Lunatic asylums Bombay report 1891-1903 - 1891-1903
Year: 1891
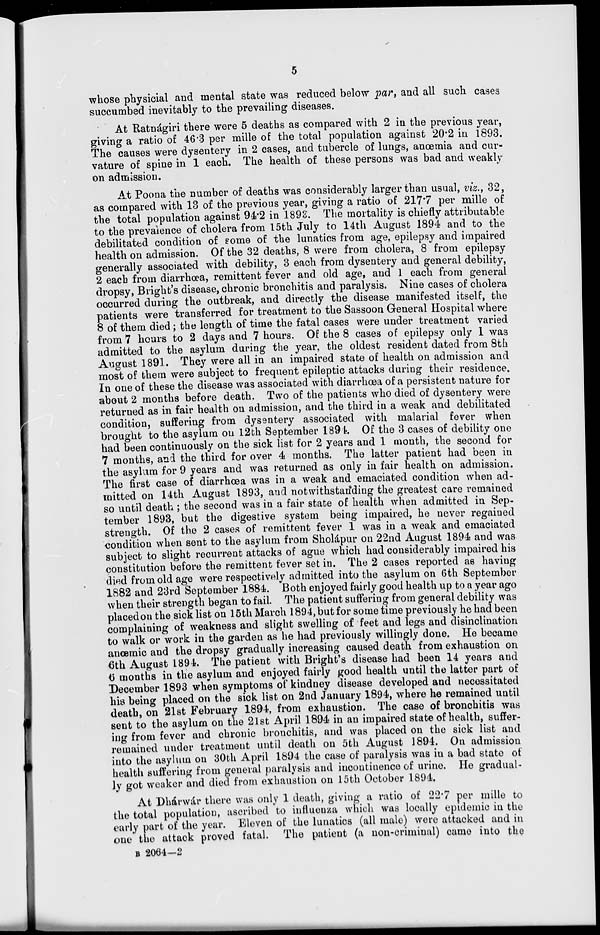
5
whose physicial and mental state was reduced below par, and all such cases
succumbed inevitably to the prevailing diseases.
At Ratnágiri there were 5 deaths as compared with 2 in the previous year,
giving a ratio of 46.3 per mille of the total population against 20.2 in 1893.
The causes were dysentery in 2 cases, and tubercle of lungs, anœmia and cur-
vature of spine in 1 each. The health of these persons was bad and weakly
on admission.
At Poona the number of deaths was considerably larger than usual, viz., 32,
as compared with 13 of the previous year, giving a ratio of 217.7 per mille of
the total population against 94.2 in 1893. The mortality is chiefly attributable
to the prevalence of cholera from 15th July to 14th August 1894 and to the
debilitated condition of some of the lunatics from age, epilepsy and impaired
health on admission. Of the 32 deaths, 8 were from cholera, 8 from epilepsy
generally associated with debility, 3 each from dysentery and general debility,
2 each from diarrhoea, remittent fever and old age, and 1 each from general
dropsy, Bright's disease, chronic bronchitis and paralysis. Nine cases of cholera
occurred during the outbreak, and directly the disease manifested itself, the
patients were transferred for treatment to the Sassoon General Hospital where
8 of them died ; the length of time the fatal cases were under treatment varied
from 7 hours to 2 days and 7 hours. Of the 8 cases of epilepsy only 1 was
admitted to the asylum during the year, the oldest resident dated from 8th
August 1891. They were all in an impaired state of health on admission and
most of them were subject to frequent epileptic attacks during their residence.
In one of these the disease was associated with diarrhœa of a persistent nature for
about 2 months before death. Two of the patients who died of dysentery were
returned as in fair health on admission, and the third in a weak and debilitated
condition, suffering from dysentery associated with malarial fever when
brought to the asylum on 12th September 1894. Of the 3 cases of debility one
had been continuously on the sick list for 2 years and 1 month, the second for
7 months, and the third for over 4 months. The latter patient had been in
the asylum for 9 years and was returned as only in fair health on admission.
The first case of diarrhoea was in a weak and emaciated condition when ad-
mitted on 14th August 1893, and notwithstanding the greatest care remained
so until death ; the second was in a fair state of health when admitted in Sep-
tember 1893, but the digestive system being impaired, he never regained
strength. Of the 2 cases of remittent fever 1 was in a weak and emaciated
condition when sent to the asylum from Sholápur on 22nd August 1894 and was
subject to slight recurrent attacks of ague which had considerably impaired his
constitution before the remittent fever set in. The 2 cases reported as having
died from old age were respectively admitted into the asylum on 6th September
1882 and 23rd September 1884. Both enjoyed fairly good health up to a year ago
when their strength began to fail. The patient suffering from general debility was
placed on the sick list on 15th March 1894, but for some time previously he had been
complaining of weakness and slight swelling of feet and legs and disinclination
to walk or work in the garden as he had previously willingly done. He became
anœmic and the dropsy gradually increasing caused death from exhaustion on
6th August 1894. The patient with Bright's disease had been 14 years and
6 months in the asylum and enjoyed fairly good health until the latter part of
December 1893 when symptoms of kindney disease developed and necessitated
his being placed on the sick list on 2nd January 1894, where he remained until
death, on 21st February 1894, from exhaustion. The case of bronchitis was
sent to the asylum on the 21st April 1894 in an impaired state of health, suffer-
ing from fever and chronic bronchitis, and was placed on the sick list and
remained under treatment until death on 5th August 1894. On admission
into the asylum on 30th April 1894 the case of paralysis was in a bad state of
health suffering from general paralysis and incontinence of urine. He gradual-
ly got weaker and died from exhaustion on 15th October 1894.
At Dhárwár there was only 1 death, giving a ratio of 22.7 per mille to
the total population, ascribed to influenza which was locally epidemic in the
early part of the year. Eleven of the lunatics (all male) were attacked and in
one the attack proved fatal. The patient (a non-criminal) came into the
B 2064—2